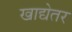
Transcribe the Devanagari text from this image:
खाद्येतर